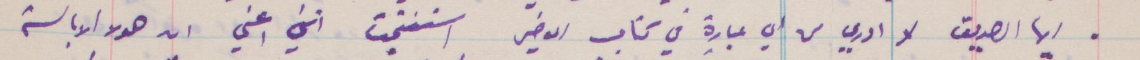
أيها الصديق لا ادري من أي عبارة في كتابي الأخير استنتجت انني اعني ان صوت الابالسة